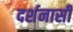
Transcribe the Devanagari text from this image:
दर्शनासी